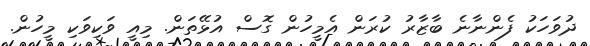
ދުވަހަކު ފެންނާނެ ބާޒާރު ކުރަން އެމީހުން ގޮސް އުޅޭތަން. މިއީ ވަކިވަކި މީހުން.